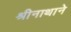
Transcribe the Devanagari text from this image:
श्रीनाथाने